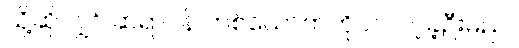
သို့ဆိုလျှင် ဆရာဝန် တစ်ယောက်ကိုပင် ပင့်ခဲ့ဦးမည်။